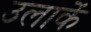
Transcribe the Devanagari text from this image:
उलाकें